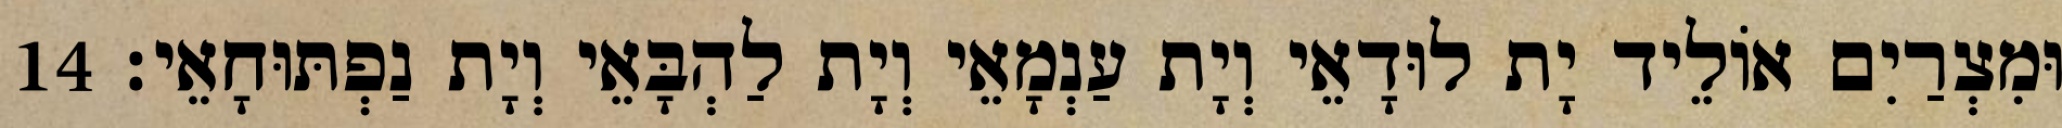
וּמִצְרַיִם אוֹלֵיד יָת לוּדָאֵי וְיָת עַנְמָאֵי וְיָת לַהְבָּאֵי וְיָת נַפְתּוּחָאֵי׃ 14